Jaan_Tonisson_(Lasteleht), lk 157
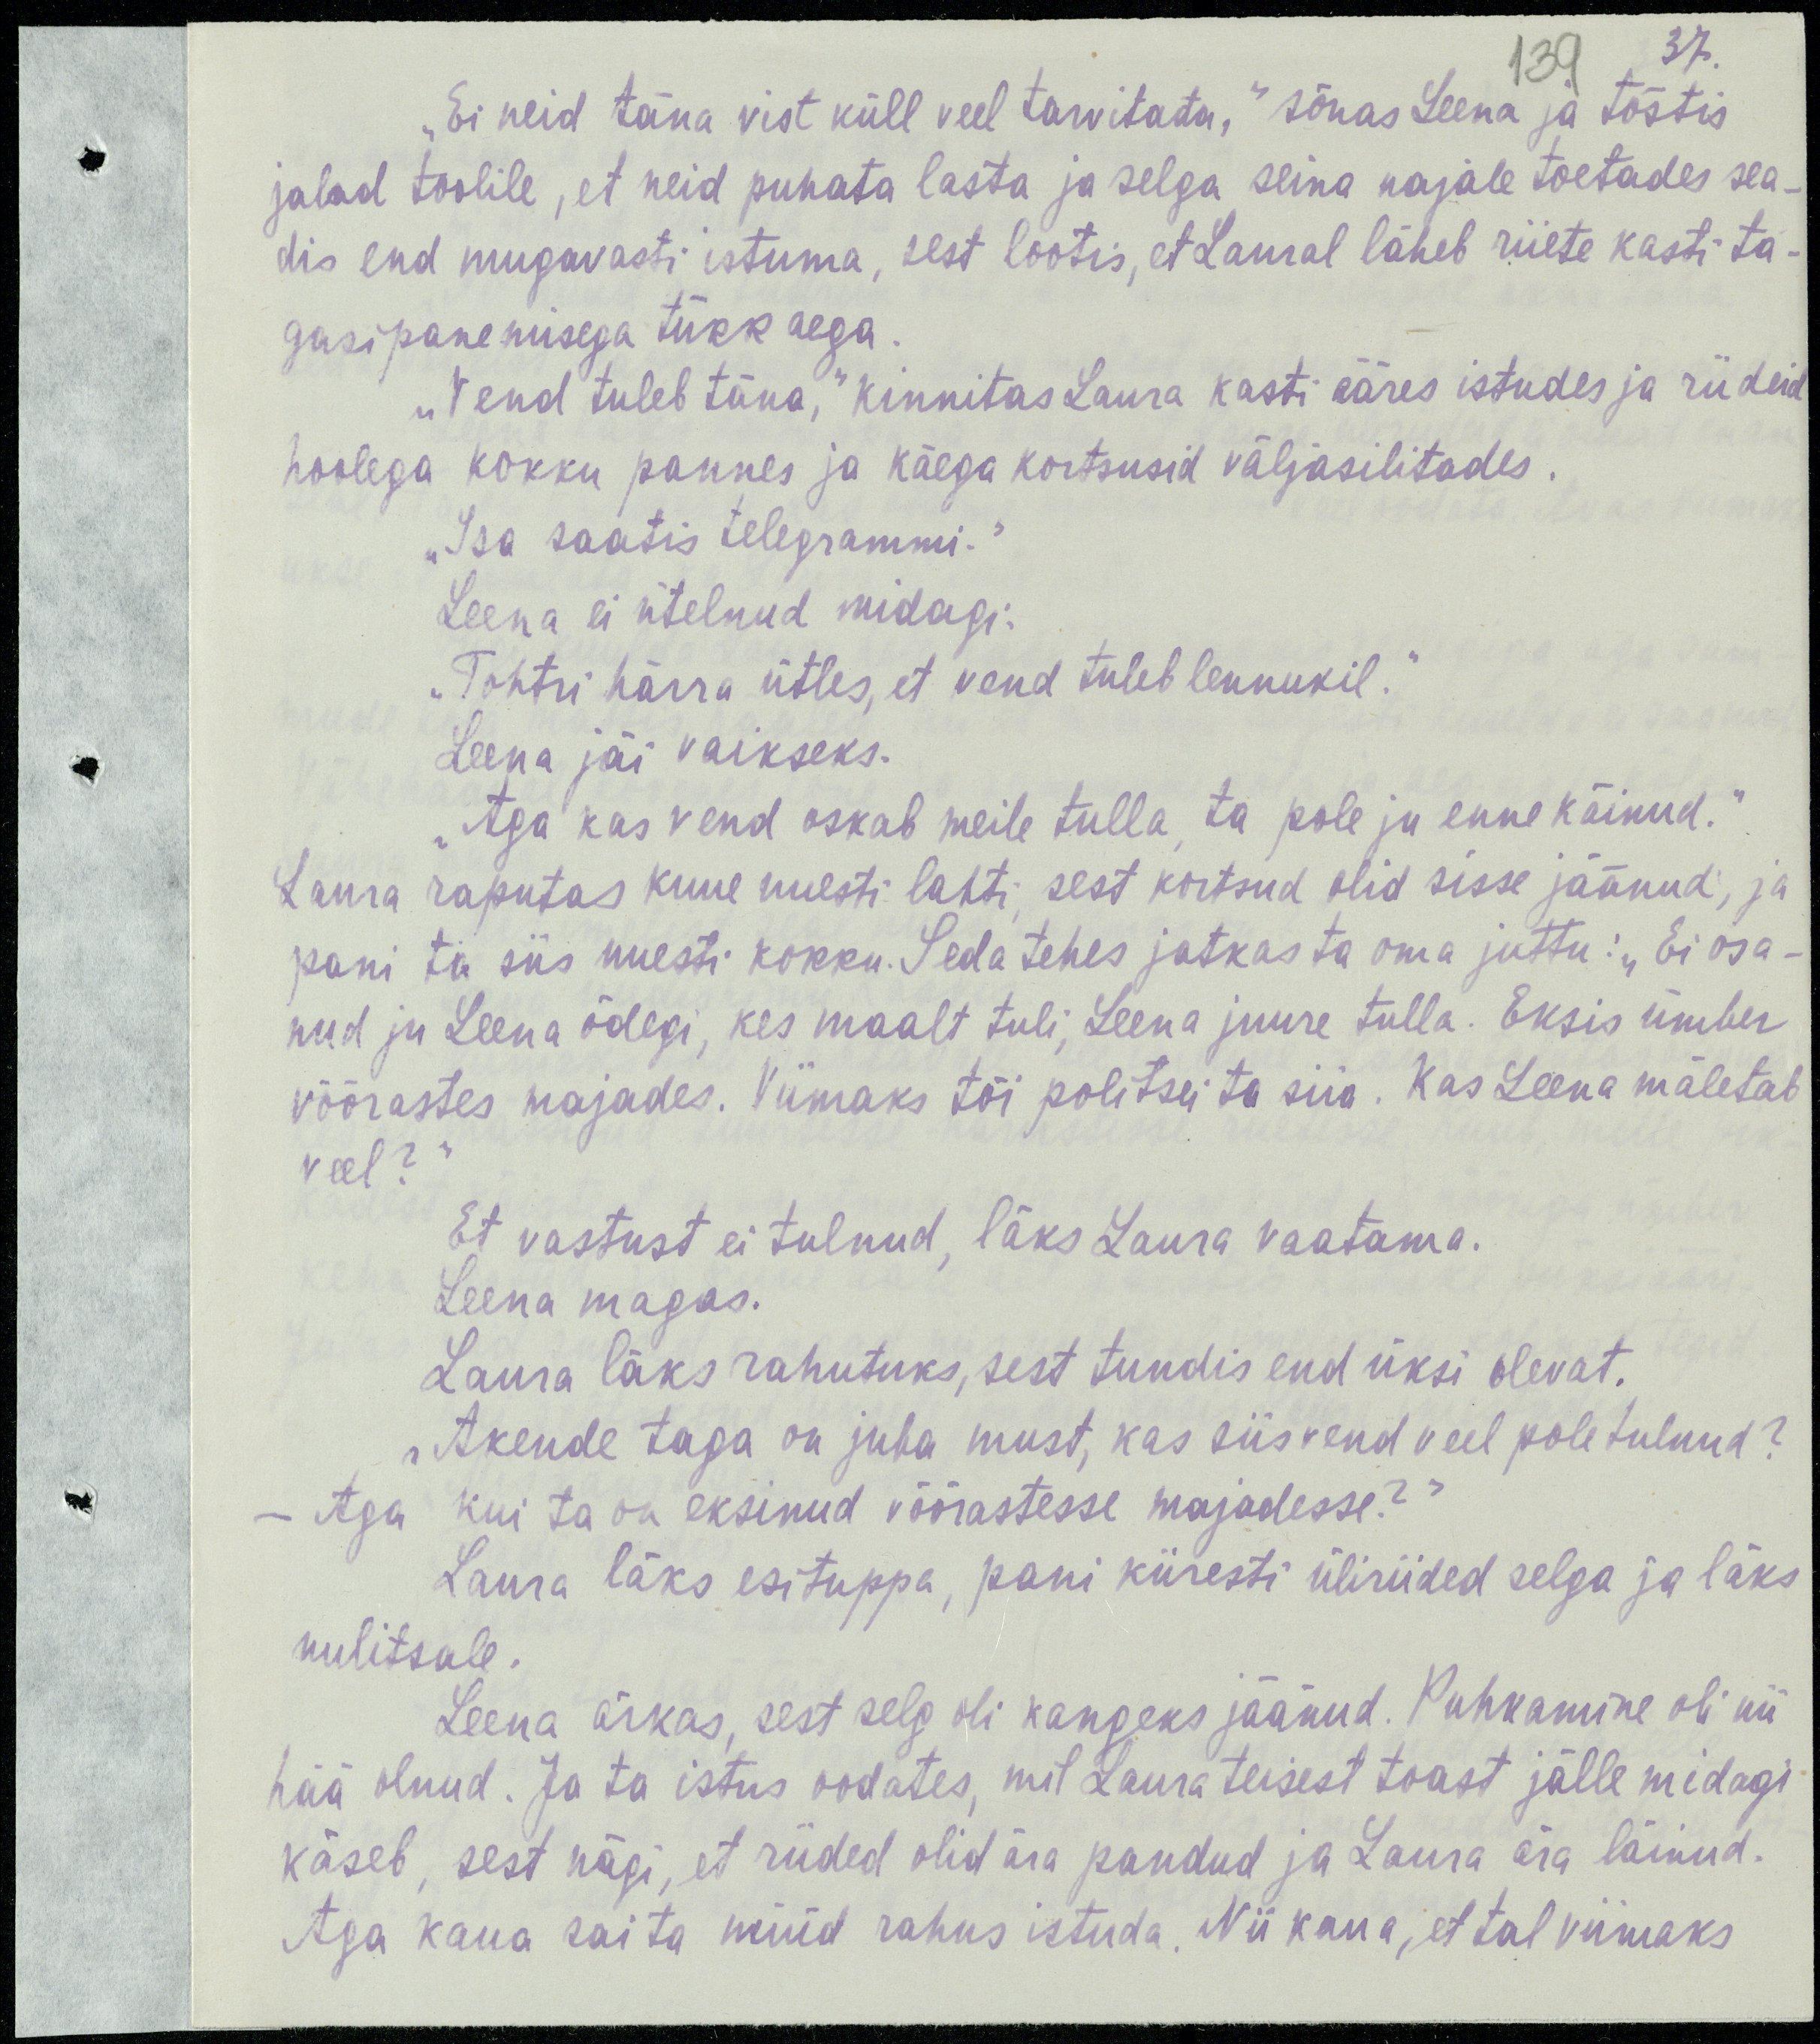
37
139
„Ei neid täna vist küll veel tarvitata,“ sõnas Leena ja tõstis
jalad toolile, et neid puhata lasta ja selga seina najale toetades se-
dis end maugavasti istuma, sest lootis, et Laural läheb riiete kasti ta-
gasi panemisega tükk aega.
„Vend tuleb täna,“ kinnitas Laura kasti ääres istudes ja riideid
hoolega kokku pannes ja käega kortsusid väljasilitades.
„Isa saatis telegrammi.“
Leena ei ütelnud madagi.
„Tohtri härra ütles, et vend tuleb lennukil.“
Leena jäi vaikseks.
„Aga kas vend oskab meile tulla, ta pole ju enne käinud.“
Laura raputas kuue uuesti lahti, sest kortsud olid sisse jäänud, ja
pani ta siis uuesti kokku. Seda tehes jatkas ta oma juttu: „Ei osa-
nud ju Leena õdegi, kes maalt tuli Leena juure tulle. Eksis ümber
võõrastes majades. Viimaks tõi politsei ta siia. Kas Leena mäletab
veel?“
Et vastust ei tulnud, läks Laura vaatama.
Leena magas.
Laura läks rahutuks, sest tundis end üksi olevat.
„Akende taga on juba must, kas siis vend veel pole tulnud?
– Aga kui ta on eksinud võõrastesse majadesse?“
Laura läks esituppa, pani kiiresti üliriided selga ja läks
uulitsale.
Leena ärkas, sest selg oli kangeks jäänud. Puhkamine olii nii
hää olnud. Ja ta istus oodates, mil Laura teisest toast jälle midagi
käseb, sest nägi, et riided olid ära pandud ja Laura ära läinud.
Aga kaua sai ta nüüd rahus istuda. Nii kaua, et tal viimaks